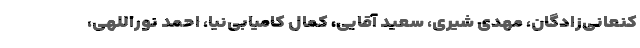
کنعانی‌زادگان، مهدی شیری، سعید آقایی، کمال کامیابی‌نیا، احمد نوراللهی،